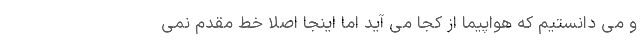
و می دانستیم که هواپیما از کجا می آید اما اینجا اصلا خط مقدم نمی‌